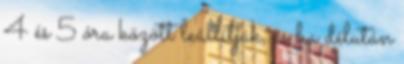
4 és 5 óra között leállítják, és ha délután